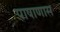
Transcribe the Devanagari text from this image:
पाषाणास